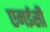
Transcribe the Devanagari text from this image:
एमईसी